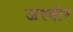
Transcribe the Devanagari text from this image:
जस्वीर